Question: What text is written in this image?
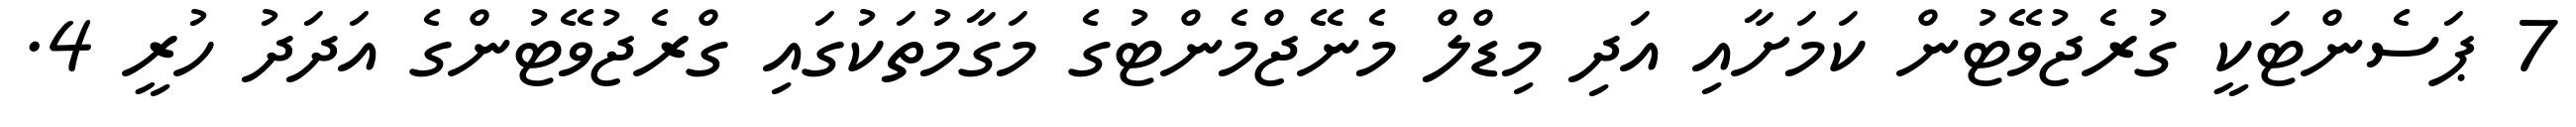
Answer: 7 ޕަސެންޓަކީ ގުރެޖުވޭޓުން ކަމަށާއި އަދި މިޑްލް މެނޭޖްމެންޓުގެ މަގާމުތަކުގައި ގްރެޖުވޭޓުންގެ އަދަދު ހުރީ 4.